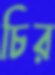
চির